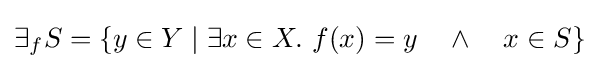
\exists _{f}S=\{y\in Y\;|\;\exists x\in X.\ f(x)=y\quad \land \quad x\in S\}